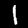
Label: 1